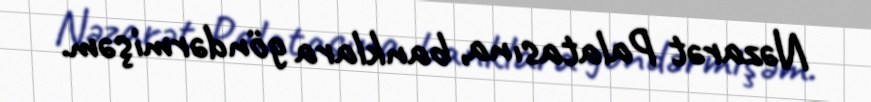
Nəzarət Palatasına, banklara göndərmişəm.